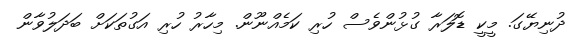
ދުނިޔޭގަ. މީކީ ޑޮލަރާ ގުޅުންވެސް ހުރި ކަމެއްނޫން. މިހާރު ހުރި އަގުތަކަށް ބަދަލުވާން